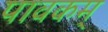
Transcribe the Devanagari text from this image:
पावकम्